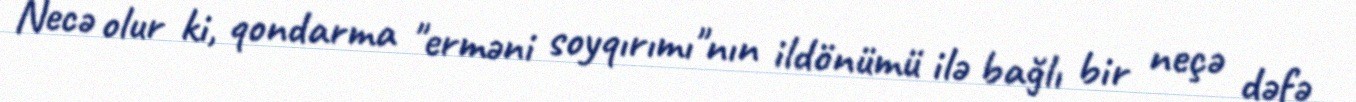
Necə olur ki, qondarma "erməni soyqırımı"nın ildönümü ilə bağlı bir neçə dəfə